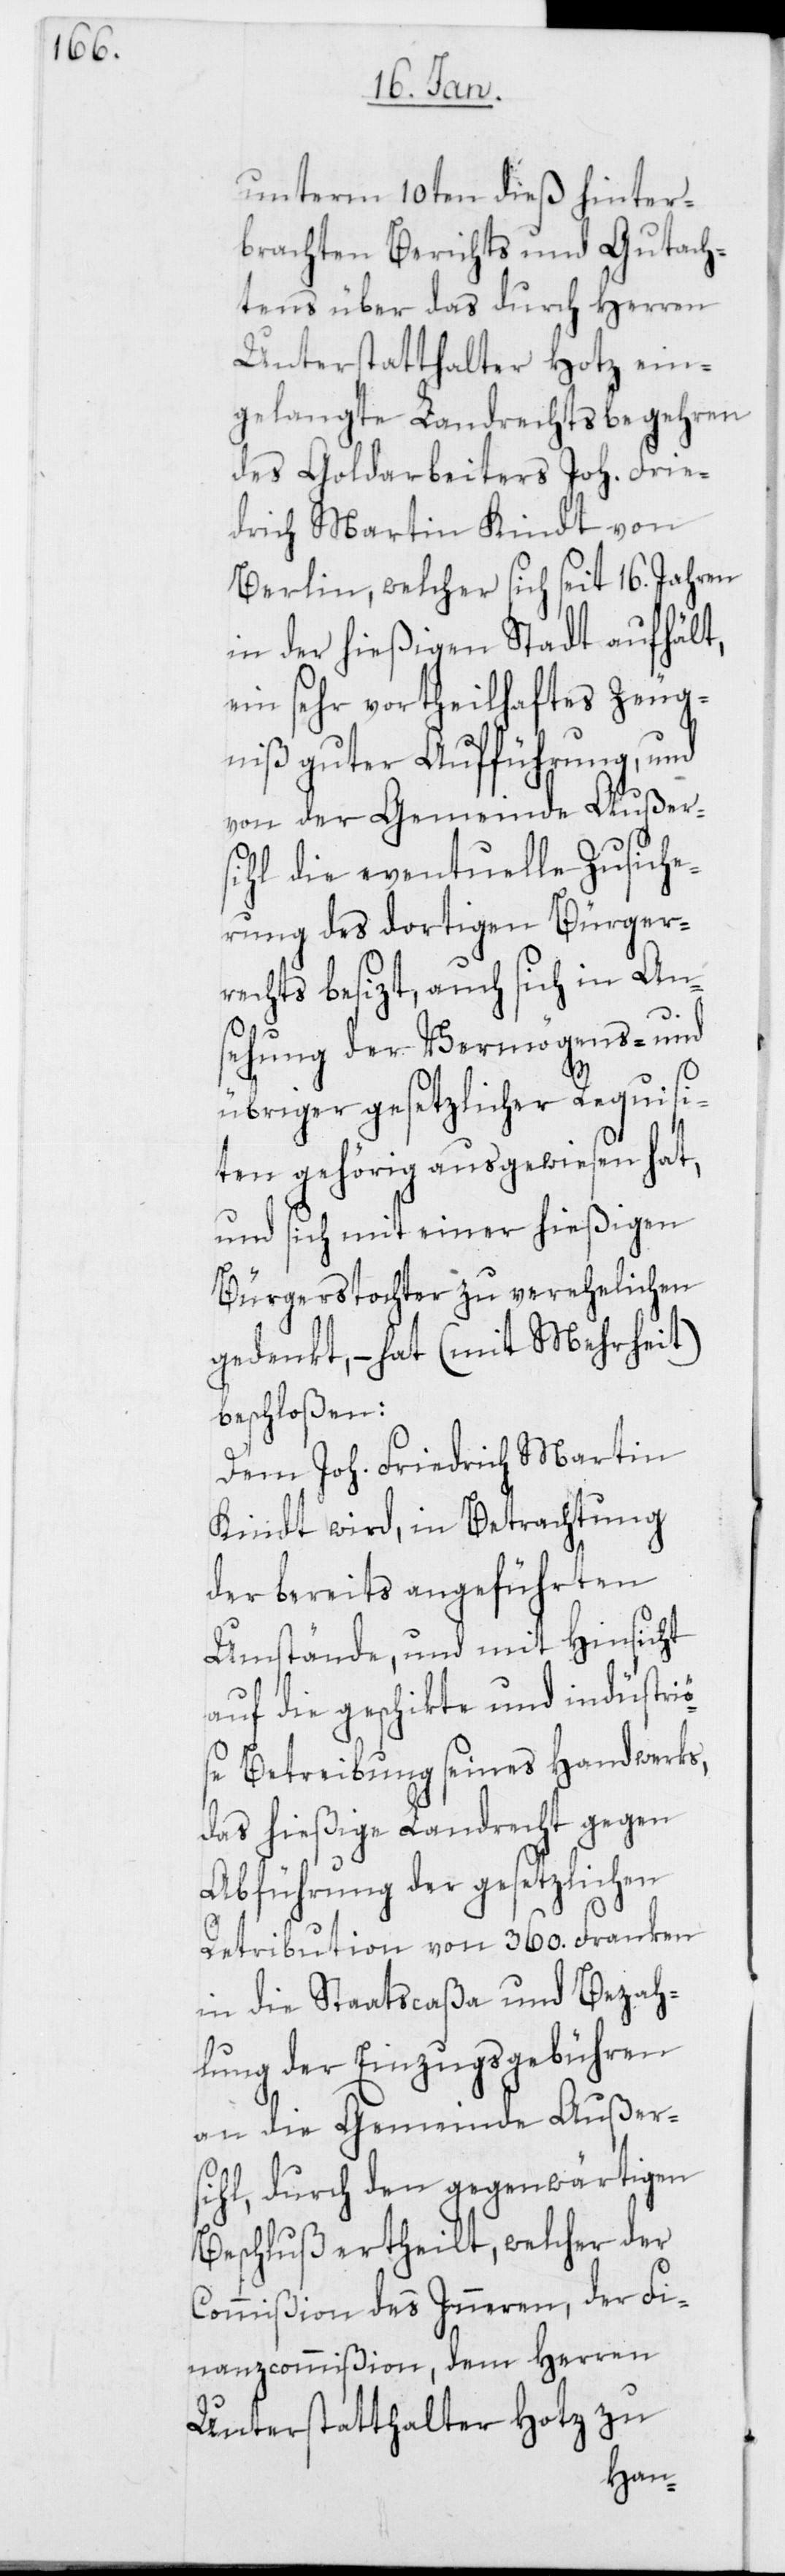
unterm 10ten dieß hinter¬
brachten Berichts und Gutach¬
tens über das durch Herren
Unterstatthalter Hotz ein¬
gelangte Landrechtsbegehren
des Goldarbeiters Joh. Frie¬
drich Martin Kindt von
Berlin, welcher sich seit 16. Jahren
in der hießigen Stadt aufhält,
ein sehr vortheilhaftes Zeug¬
niß guter Aufführung, und
von der Gemeinde Außer¬
sihl die eventuelle Zusiche¬
rung des dortigen Bürger¬
rechts besizt, auch sich in An¬
sehung der Vermögens- und
übriger gesetzlicher Requisi¬
ten gehörig ausgewiesen hat,
und sich mit einer hießigen
Bürgerstochter zu verehelichen
gedenkt, – hat (mit Mehrheit)
beschloßen:
Dem Joh. Friedrich Martin
Kindt wird, in Betrachtung
der bereits angeführten
Umstände, und mit Hinsicht
auf die geschikte und industriö¬
se Betreibung seines Handwerks,
das hießige Landrecht gegen
Abführung der gesetzlichen
Retribution von 360. Franken
in die Staatscaßa und Bezah¬
lung der Einzugsgebühren
an die Gemeinde Außer¬
sihl, durch den gegenwärtigen
Beschluß ertheilt, welcher der
Commißion des Inneren, der Fi¬
nanzcommißion, dem Herren
Unterstatthalter Hotz zu